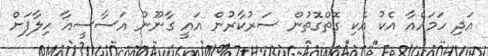
އަދި ހަމައެއާ އެކު އެކި ގޮތްގޮތުން ސަރުކާރުން އައީ ގާނޫނު އަސާސީއާ ހިލާފަށް